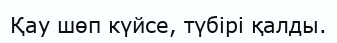
Қау шөп күйсе, түбірі қалды.